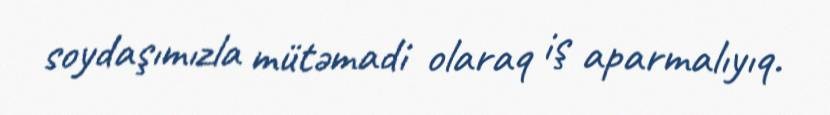
soydaşımızla mütəmadi olaraq iş aparmalıyıq.